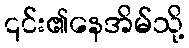
၎င်း၏နေအိမ်သို့